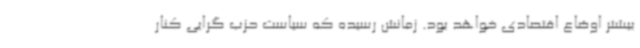
بیشتر اوضاع اقتصادی خواهد بود. زمانش رسیده که سیاست حزب گرایی کنار